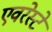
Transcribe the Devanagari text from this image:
एवरेस्‍टे